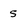
Character: S